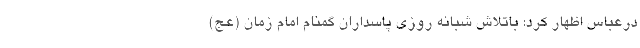
درعباس اظهار کرد: باتلاش شبانه روزی پاسداران گمنام امام زمان (عج)